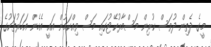
މީގެ ދެތިން ދުވަސް ކުރިން މަސްމާރުކޭޓުގައި މަސް ވިއްކަމުން އައީ އެހެން އަހަރުތަކުގެ